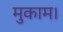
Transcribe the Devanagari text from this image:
मुकाम।